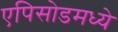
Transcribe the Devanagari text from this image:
एपिसोडमध्ये